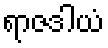
ရာဇဒါယံ